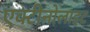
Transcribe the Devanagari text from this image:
एक्टीनोलाइट